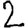
Digit: 2